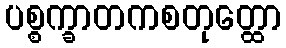
ပစ္စက္ခာတကစတုတ္ထော